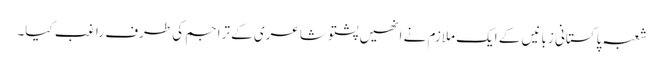
شعبہ پاکستانی زبانیں کے ایک ملازم نے انھیں پشتو شاعری کے تراجم کی طرف راغب کیا۔